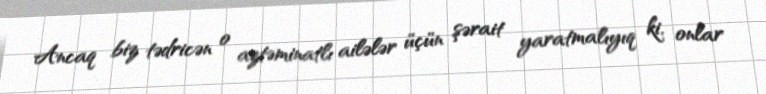
Ancaq biz tədricən o aztəminatlı ailələr üçün şərait yaratmalıyıq ki, onlar